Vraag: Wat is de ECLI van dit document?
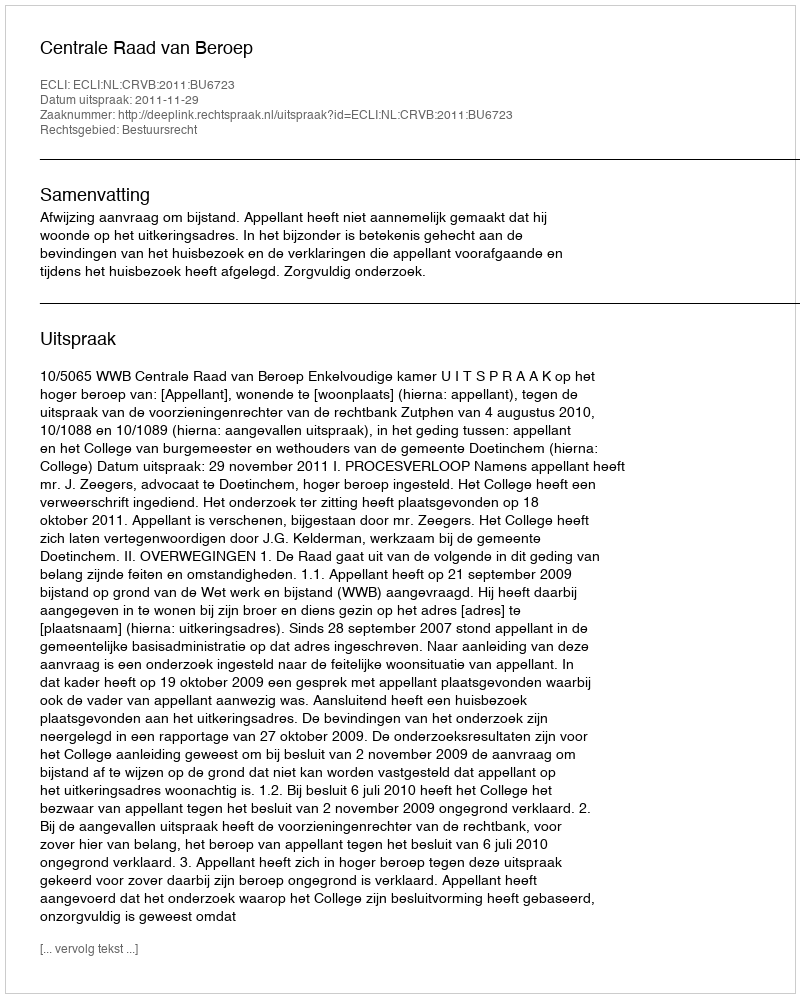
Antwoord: ECLI:NL:CRVB:2011:BU6723